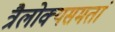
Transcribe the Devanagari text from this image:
त्रैलोक्यसमतां